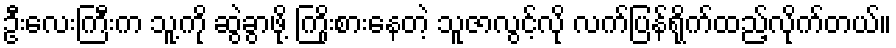
ဦးလေးကြီးက သူ့ကို ဆွဲခွာဖို့ ကြိုးစားနေတဲ့ သူဇာလွင့်လို လက်ပြန်ရိုက်ထည့်လိုက်တယ်။